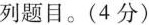
列题目。(4分)